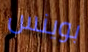
بوينس